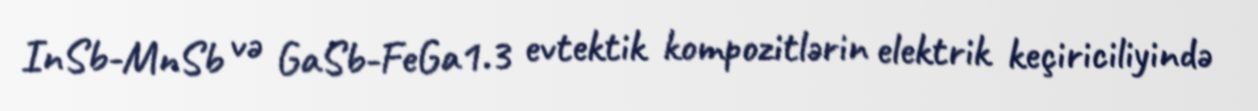
InSb-MnSb və GaSb-FeGa1.3 evtektik kompozitlərin elektrik keçiriciliyində